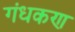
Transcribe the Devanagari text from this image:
गंधकण